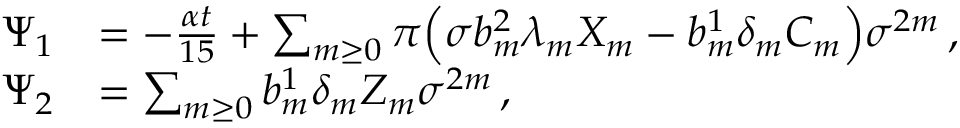
\begin{array} { r l } { \Psi _ { 1 } } & { = - \frac { \alpha t } { 1 5 } + \sum _ { m \ge 0 } \pi \Big ( \sigma b _ { m } ^ { 2 } \lambda _ { m } X _ { m } - b _ { m } ^ { 1 } \delta _ { m } C _ { m } \Big ) \sigma ^ { 2 m } \, , } \\ { \Psi _ { 2 } } & { = \sum _ { m \ge 0 } b _ { m } ^ { 1 } \delta _ { m } Z _ { m } \sigma ^ { 2 m } \, , } \end{array}